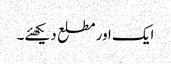
ایک اور مطلع دیکھئے۔